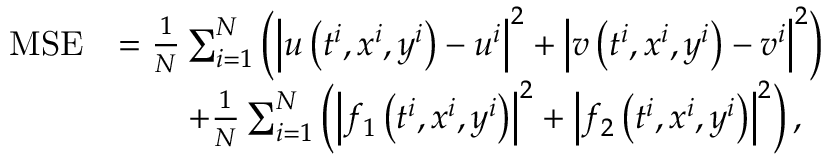
\begin{array} { r l } { \mathrm { M S E } } & { = \frac { 1 } { N } \sum _ { i = 1 } ^ { N } \left( \left| u \left( t ^ { i } , x ^ { i } , y ^ { i } \right) - u ^ { i } \right| ^ { 2 } + \left| v \left( t ^ { i } , x ^ { i } , y ^ { i } \right) - v ^ { i } \right| ^ { 2 } \right) } \\ & { \qquad + \frac { 1 } { N } \sum _ { i = 1 } ^ { N } \left( \left| f _ { 1 } \left( t ^ { i } , x ^ { i } , y ^ { i } \right) \right| ^ { 2 } + \left| f _ { 2 } \left( t ^ { i } , x ^ { i } , y ^ { i } \right) \right| ^ { 2 } \right) , } \end{array}